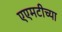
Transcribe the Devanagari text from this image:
एएमटीच्या